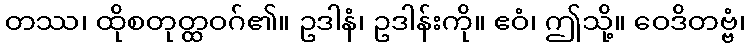
တဿ၊ ထိုစတုတ္ထဝဂ်၏။ ဥဒါနံ၊ ဥဒါန်းကို။ ဧဝံ၊ ဤသို့။ ဝေဒိတဗ္ဗံ၊